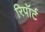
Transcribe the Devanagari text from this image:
रिपॉर्ट